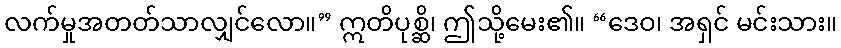
လက်မှုအတတ်သာလျှင်လော။” ဣတိပုစ္ဆိ၊ ဤသို့မေး၏။ “ဒေဝ၊ အရှင် မင်းသား။